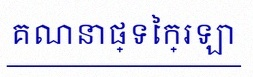
គណនាផ្ទៃក្រឡា